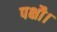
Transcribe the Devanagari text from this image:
पक्षौ।